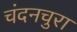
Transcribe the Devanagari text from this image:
चंदनचुरा